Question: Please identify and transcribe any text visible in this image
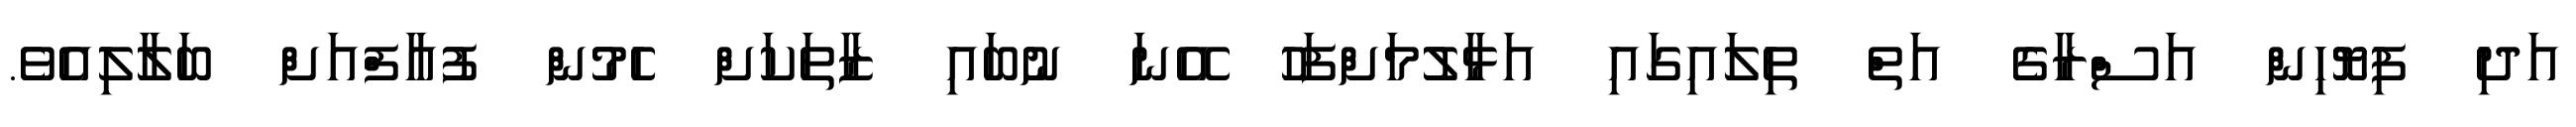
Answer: އަދި ފިޔޮހިން އަސްރާގެ އަތް ތިލައިގައި އަޅާލުމަށްފަހު އޭނަ ނުބައި ޒާތަކަށް ހެމުން ފުއާފްއަށް ބަލާލިއެވެ.